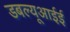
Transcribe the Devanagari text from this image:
डबल्यूआईई